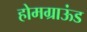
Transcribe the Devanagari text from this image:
होमग्राऊंड